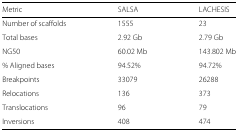
<table><thead><tr><td><b>Metric</b></td><td><b>SALSA</b></td><td><b>LACHESIS</b></td></tr></thead><tbody><tr><td>Number of scaffolds</td><td>1555</td><td>23</td></tr><tr><td>Total bases</td><td>2.92 Gb</td><td>2.79 Gb</td></tr><tr><td>NG50</td><td>60.02 Mb</td><td>143.802 Mb</td></tr><tr><td>% Aligned bases</td><td>94.52%</td><td>94.72%</td></tr><tr><td>Breakpoints</td><td>33079</td><td>26288</td></tr><tr><td>Relocations</td><td>136</td><td>373</td></tr><tr><td>Translocations</td><td>96</td><td>79</td></tr><tr><td>Inversions</td><td>408</td><td>474</td></tr></tbody></table>